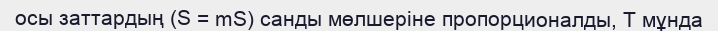
осы заттардың (S = mS) санды мөлшеріне пропорционалды, Т мұнда